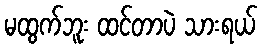
မထွက်ဘူး ထင်တာပဲ သားရယ်